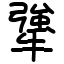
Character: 犟